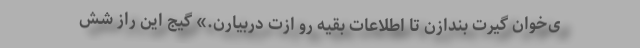
ی‌خوان گیرت بندازن تا اطلاعات بقیه رو ازت دربیارن.» گیج این راز شش